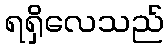
ရရှိလေသည်